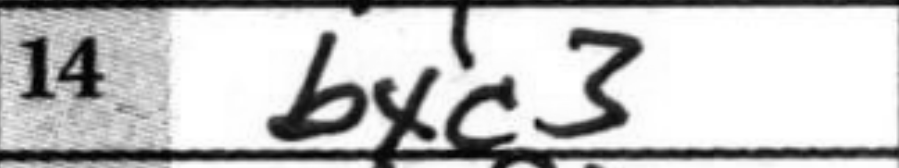
Transcription: bxc3